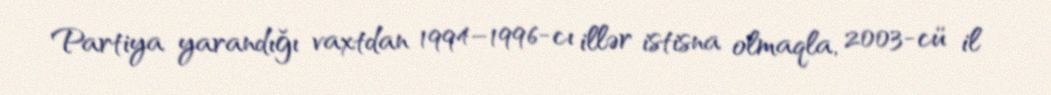
Partiya yarandığı vaxtdan 1994–1996-cı illər istisna olmaqla, 2003-cü il